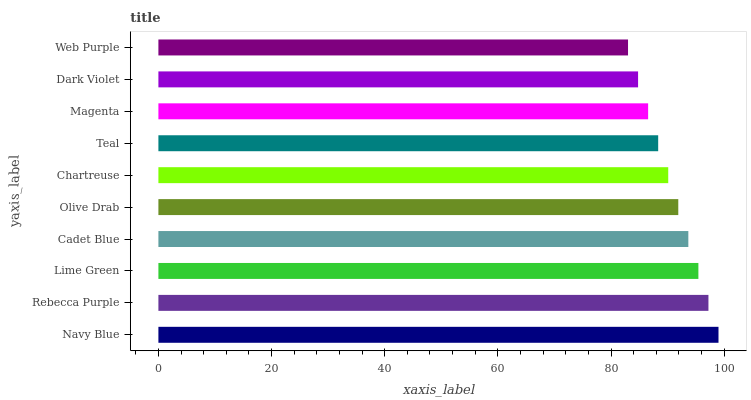
| yaxis_label | bars |
 | --- | --- |
 | Navy Blue | 99 |
 | Rebecca Purple | 97.2 |
 | Lime Green | 95.4 |
 | Cadet Blue | 93.7 |
 | Olive Drab | 91.9 |
 | Chartreuse | 90.1 |
 | Teal | 88.3 |
 | Magenta | 86.6 |
 | Dark Violet | 84.8 |
 | Web Purple | 83 |